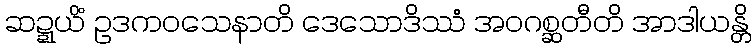
ဆဍ္ဍယိံ ဥဒကဝသေနာတိ ဒေသောဒိဿံ အဝဂစ္ဆတီတိ အာဒါယန္တိ